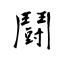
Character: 鬪